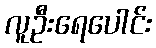
လူဦးရေပေါင်း